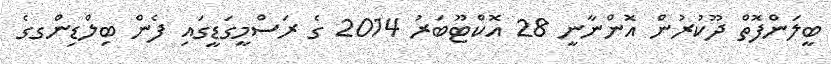
ބީލަންފޮތް ދޫކުރުން އޮންނާނީ 28 އޮކްޓޫބަރު 2014 ގެ ރަސްމީގަޑީގައި ފެން ބިލްޑިންގގެ